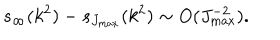
s _ { \infty } ( k ^ { 2 } ) - s _ { J _ { \max } } ( k ^ { 2 } ) \sim O ( J _ { \max } ^ { - 2 } ) .